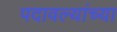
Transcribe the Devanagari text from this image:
पदावल्यांच्या